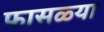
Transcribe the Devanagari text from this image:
फासळ्या